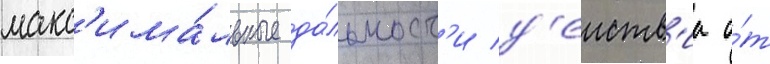
макс'има́льные да́льност'и д'еиств'иа о́т